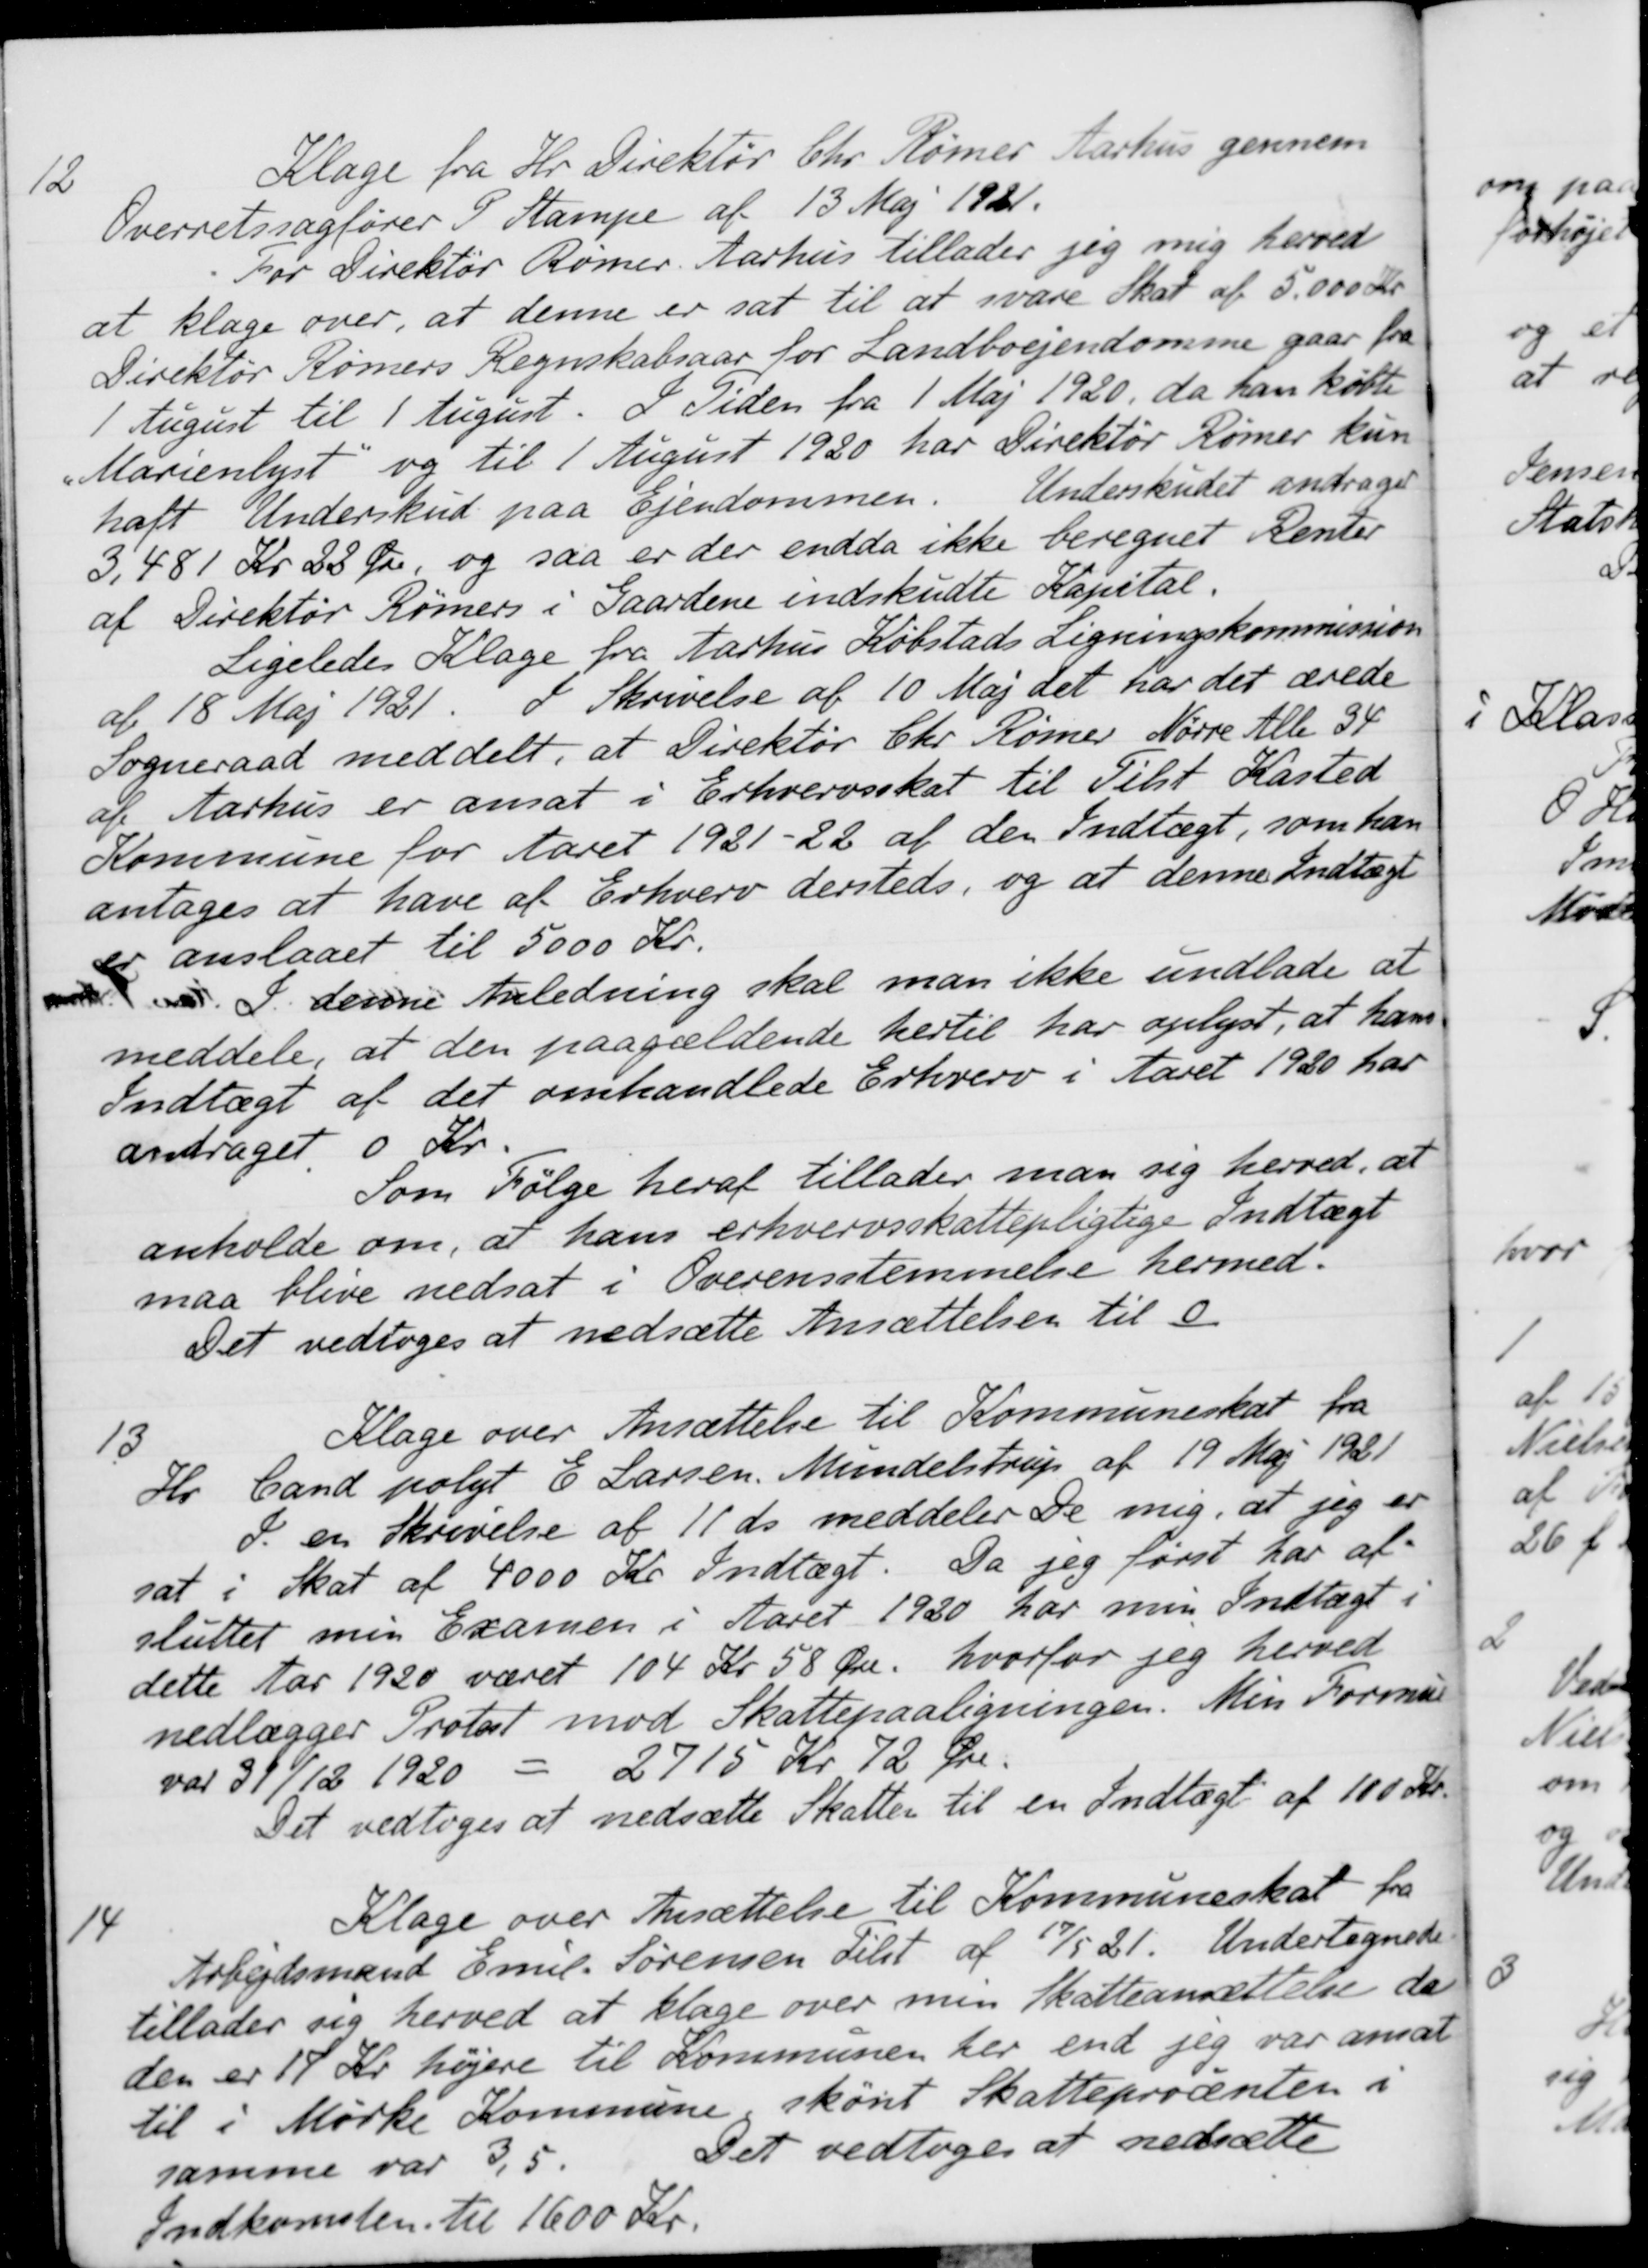
Transskription:
12
Klage fra Hr. Direktør Chr. Rømer Aarhus gennem
Overretssagfører i Stampe af 13 Maj 1921.
For Direktør Rømer. Aarhus tillader jeg mig herved
at klage over, at denne er sat til at svare Skat af 5.000 Kr
Direktør Rømers Regnskabsaar for Landboejendomme gaar fra
1 August til 1 August. I Tiden fra 1 Maj 1920, da han købte
"Marienlyst" og til 1 August 1920 har Direktør Rømer kun
haft Underskud paa Ejendommen. Underskudet andrager
3.481 Kr 22 Øre, og saa er der endda ikke beregnet Renter
af Direktør Rømers i Gaardene indskudte Kapital.
Ligeledes Klage fra Aarhus Købstads Ligningskommission
af 18 Maj 1921. I Skrivelse af 10 Maj det har det ærede
Sogneraad meddelt, at Direktør Chr. Rømer Nørre Alle 34
af Aarhus er ansat i Erhvervsskat til Tilst Kasted
Kommune for Aaret 1921-22 af den Indtægt, som han
antages at have af Erhverv dersteds, og at denne Indtægt
er anslaaet til 5000 Kr.
m. I denne Anledning skal man ikke undlade at
meddele, at den paagældende hertil har oplyst, at hans
Indtægt af det omhandlede Erhverv i Aaret 1930 har
andraget 0 Kr.
Som Følge heraf tillader man sig herved, at 
enholde om, at hans erhvervsskattepligtige Indtægt
maa blive nedsat i Overensstemmelse hermed.
Det vedtoges at nedsætte Ansættelsen til 0.
13
Klage over Ansættelse til Kommuneskat fra
Hr. Cand polyt E Larsen, Mundelstrup af 19 Maj 1921
S. en Skrivelse af 11 ds meddeler De mig, at jeg er
sat i Skat af 4000 Kr. Indtægt. Da jeg først har af-
sluttet mig Examen i Aaret 1920 har min Indtægt i
dette Aar 1920 været 104 Kr 58 Øre, hvorfor jeg herved
nedlægger Protest mod Skattepaaligningen. Min Formue
var 31/12 1920
=
2715 Kr 72 Øre.
Det vedtoges at nedsætte Skatten til en Indtægt af 100 Kr.
14
Klage over Ansættelse til Kommuneskat fra
Arbejdsmand Emil. Sørensen tilst af 17/5 21. Undertegnede
tillader sig herved at klage over min Skatteansættelse da
den er 19 Kr. højere til Kommunen her end jeg var ansat
til i Mørke Kommune skønt Skatteprocenten i
samme var 3,5.
Det vedtoges at nedsætte
Indkomsten til 1600 Kr.